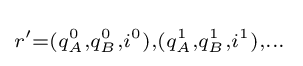
\scriptstyle r'=(q_{A}^{0},q_{B}^{0},i^{0}),(q_{A}^{1},q_{B}^{1},i^{1}),\dots